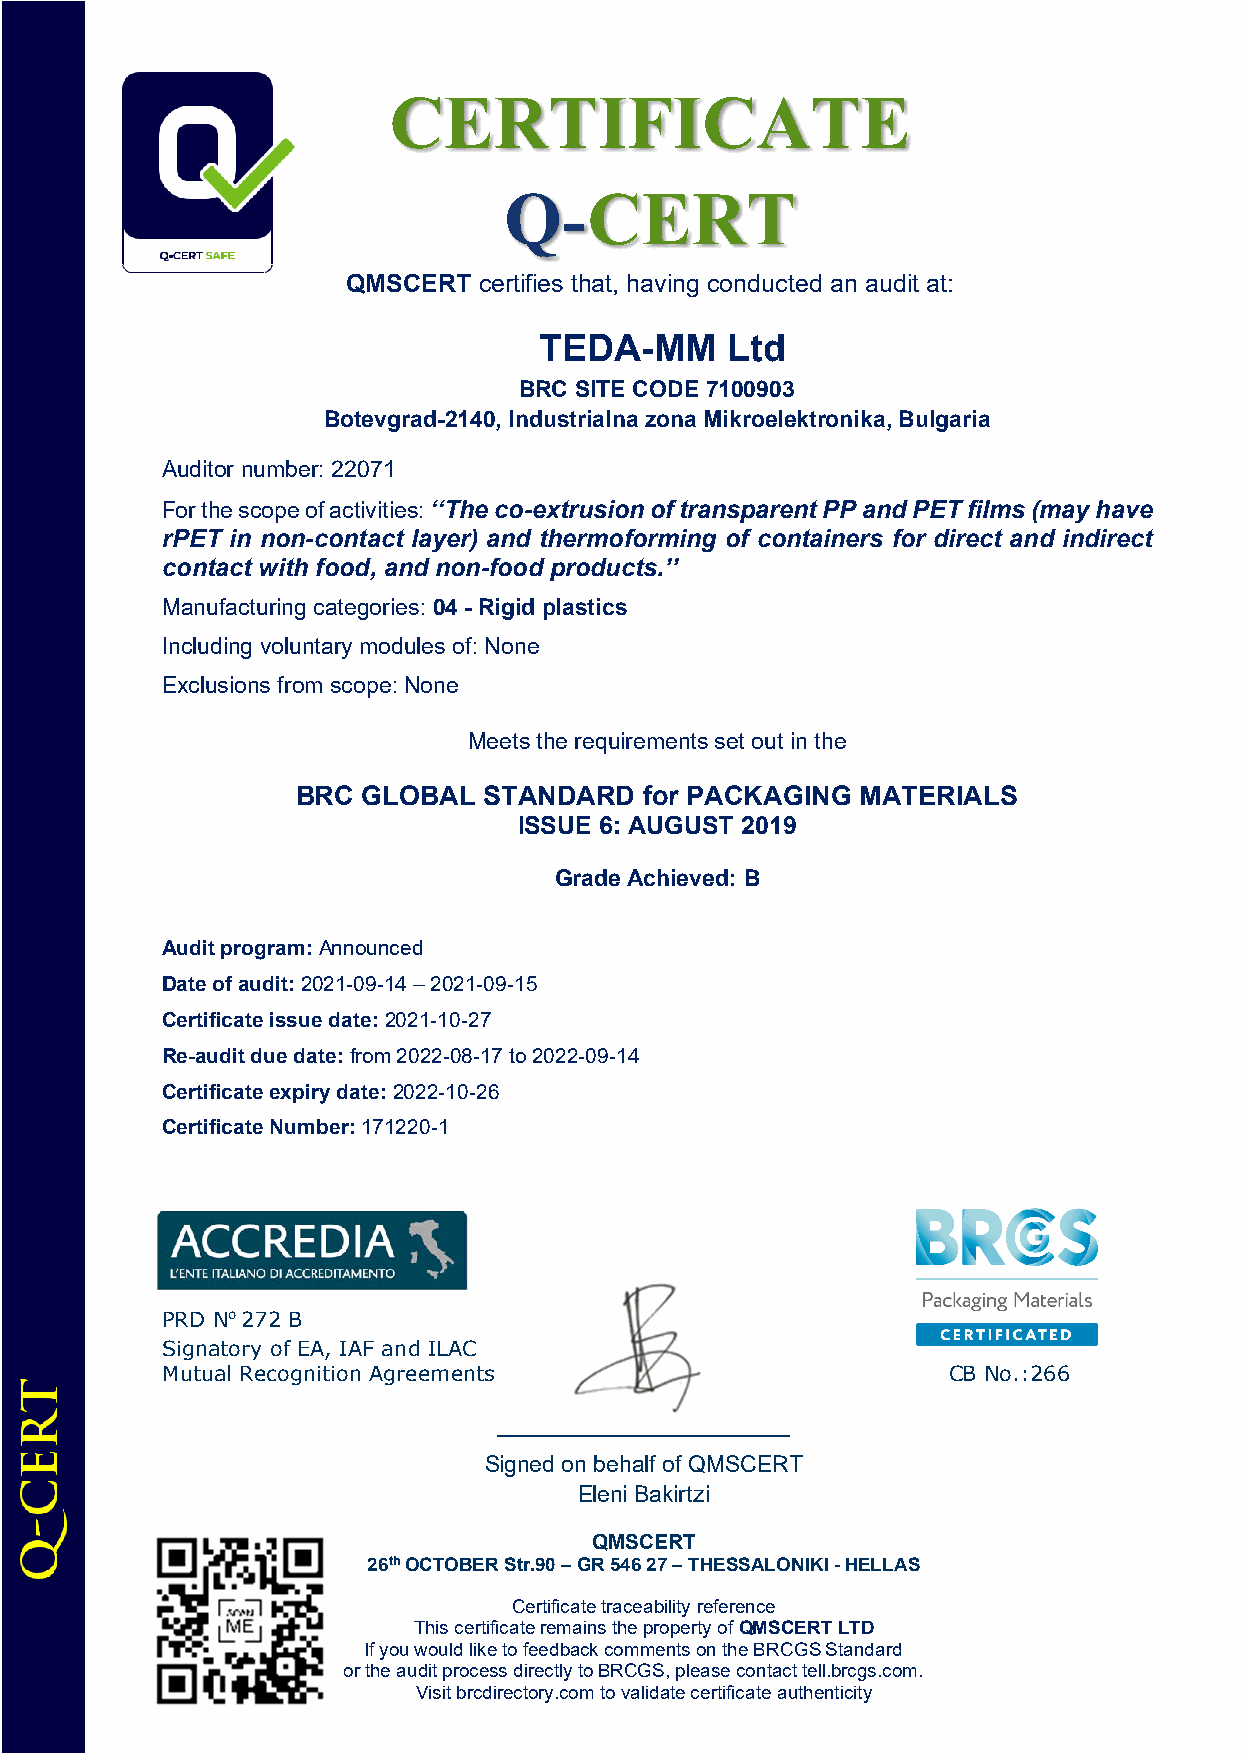
CERTIFICATE
 Q-CERT
 QMSCERT  certifies that, having conducted an audit at:
 TEDA-MM     Ltd
 BRC SITE CODE 7100903
 Botevgrad-2140, Industrialna zona Mikroelektronika, Bulgaria
 Auditor number: 22071
 For the scope of activities: ‘‘The co-extrusion of transparent PP and PET films (may have
 rPET in non-contact layer) and thermoforming of containers for direct and indirect
 contact with food, and non-food products.’’
 Manufacturing categories: 04 - Rigid plastics
 Including voluntary modules of: None
 Exclusions from scope: None
 Meets the requirements set out in the
 BRC GLOBAL  STANDARD   for PACKAGING MATERIALS
 ISSUE 6: AUGUST 2019
 Grade Achieved: B
 Audit program: Announced
 Date of audit: 2021-09-14 – 2021-09-15
 Certificate issue date: 2021-10-27
 Re-audit due date: from 2022-08-17 to 2022-09-14
 Certificate expiry date: 2022-10-26
 Certificate Number: 171220-1
 PRD No 272 B
 Signatory of EA, IAF and ILAC
 Mutual Recognition Agreements                       CB No.:266
 _______________________
 Signed on behalf of QMSCERT
 Eleni Bakirtzi
 QMSCERT
 26th OCTOBER Str.90 – GR 546 27 – THESSALONIKI - HELLAS
 Certificate traceability reference
 This certificate remains the property of QMSCERT LTD
 If you would like to feedback comments on the BRCGS Standard
 or the audit process directly to BRCGS, please contact tell.brcgs.com.
 Visit brcdirectory.com to validate certificate authenticity